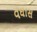
વઘાસ